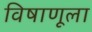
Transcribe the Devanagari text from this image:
विषाणूला